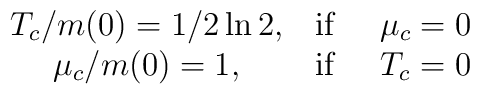
\matrix{T_c/m(0)=1/2\ln 2, & {\rm if} \ &\mu_c=0  \cr          \mu_c/m(0)=1,  & {\rm if} \ &T_c=0 \cr}